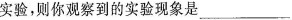
实验，则你观察到的实验现象是___。